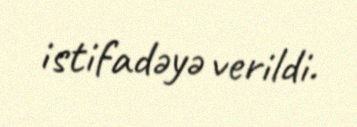
istifadəyə verildi.